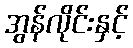
အွန်လိုင်းနှင့်